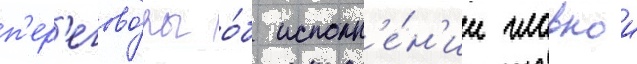
п'ер'егово́ры о́б исполн'е́н'ии главнои